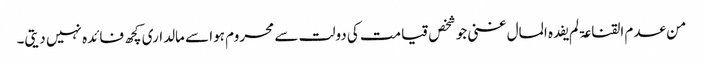
من عدم القناعۃ لم یفدہ المال غنی جو شخص قیامت کی دولت سے محروم ہوا سے مالداری کچھ فائدہ نہیں دیتی۔